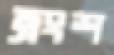
ত্রংশ